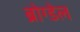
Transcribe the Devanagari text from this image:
ब्रोग्डेल